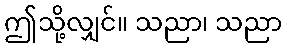
ဤသို့လျှင်။ သညာ၊ သညာ